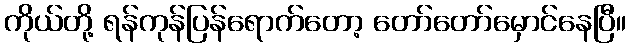
ကိုယ်တို့ ရန်ကုန်ပြန်ရောက်တော့ တော်တော်မှောင်နေပြီ။